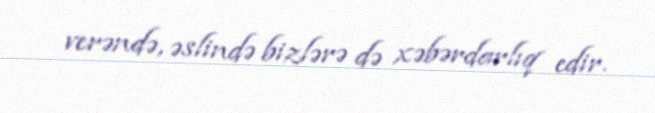
verəndə, əslində bizlərə də xəbərdarlıq edir.